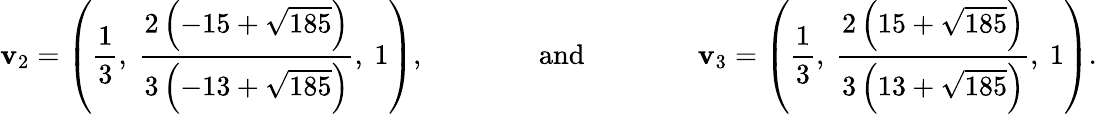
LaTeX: \mathbf{v}_{2}=\left(\frac{1}{3},\ \frac{2\left(-15+\sqrt{185}\right)}{3\left(-13+\sqrt{185}\right)},\ 1\right),\qquad\qquad\mathrm{and}\qquad\qquad\mathbf{v}_{3}=\left(\frac{1}{3},\ \frac{2\left(15+\sqrt{185}\right)}{3\left(13+\sqrt{185}\right)},\ 1\right).